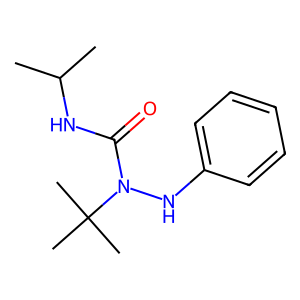
SMILES: CC(C)NC(=O)N(Nc1ccccc1)C(C)(C)C
Inhibits HIV replication: No